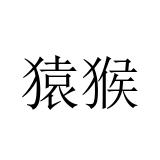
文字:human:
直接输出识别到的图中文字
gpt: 猿猴